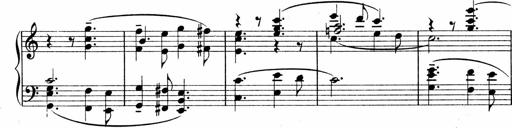
Title: Sonatina No.1
Composer: Otto Stoll
Key: C major